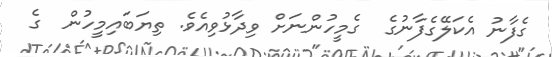
ގެފާނު އެކަލޭގެފާނުގެ  ގެމީހުންނަށް ވިދާޅުވިއެވެ. ތިޔަބައިމީހުން  ގެ